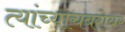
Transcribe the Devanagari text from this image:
त्यांच्याचबरोबर